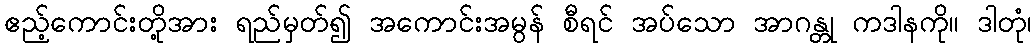
ဧည့်ကောင်းတို့အား ရည်မှတ်၍ အကောင်းအမွန် စီရင် အပ်သော အာဂန္တု ကဒါနကို။ ဒါတုံ၊